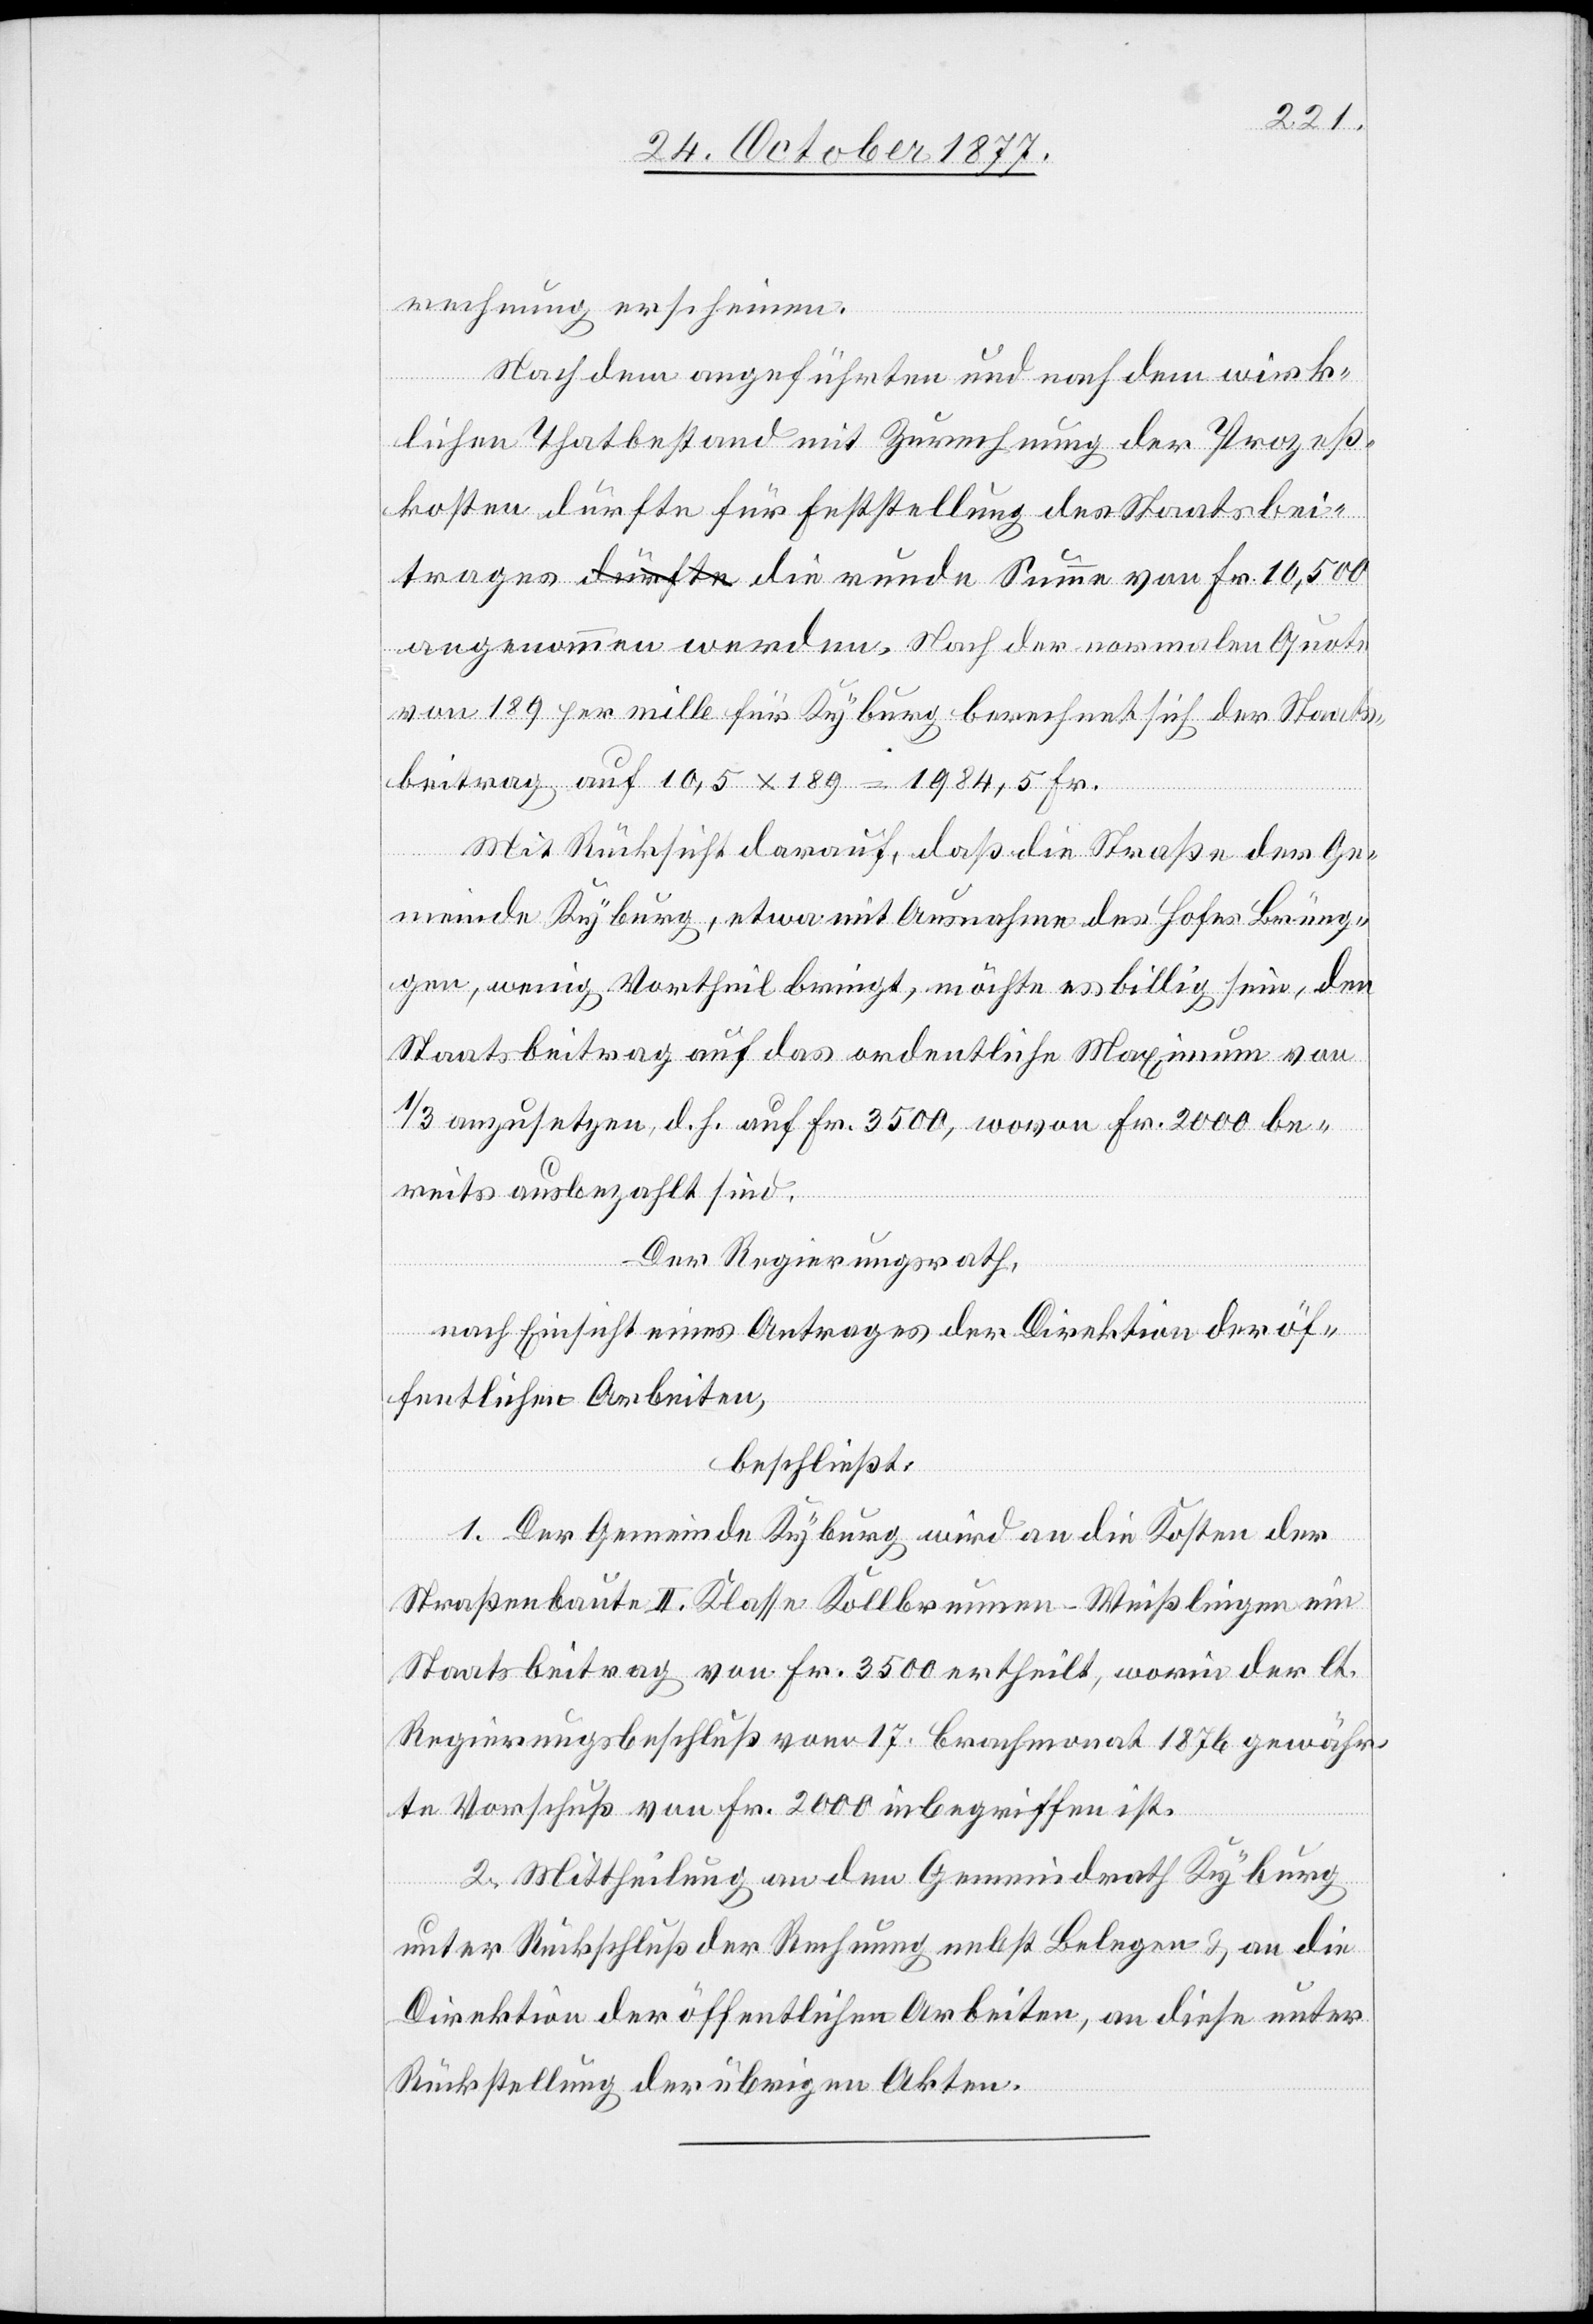
rechnung erscheinen.
Nach dem angeführten und nach dem wirk¬
lichen Thatbestand mit Zurechnung der Prozeß¬
kosten dürfte für Feststellung des Staatsbei¬
trages a-dürfte-a die runde Summe von Fr. 10,500
angenommen werden. Nach der normalen Quote
von 189 per mille für Kyburg berechnet sich der Staats¬
beitrag auf 10,5 x 189 = 1984,5 Fr.
Mit Rücksicht darauf, daß die Straße der Ge¬
meinde Kyburg, etwa mit Ausnahme des Hofes Brüng¬
gen, wenig Vortheil bringt, möchte es billig sein, den
Staatsbeitrag auf das ordentliche Maximum von
1/3 anzusetzen, d. h. auf Fr. 3500, wovon Fr. 2000 be¬
reits ausbezahlt sind.
Der Regierungsrath,
nach Einsicht eines Antrages der Direktion der öf¬
fentlichen Arbeiten,
beschließt:
1. Der Gemeinde Kyburg wird an die Kosten der
Straßenbaute II. Klasse Kollbrunnen–Weißlingen ein
Staatsbeitrag von Fr. 3500 ertheilt, worin der lt.
Regierungsbeschluß vom 17. Brachmonat 1876 gewähr¬
te Vorschuß von Fr. 2000 inbegriffen ist.
2. Mittheilung an den Gemeindrath Kyburg
unter Rückschluß der Rechnung nebst Belegen & an die
Direktion der öffentlichen Arbeiten, an diese unter
Rückstellung der übrigen Akten.